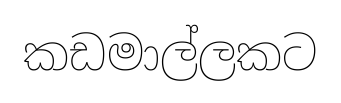
කඩමාල්ලකට